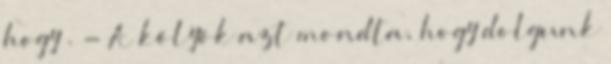
hogy . - A kölyök azt mondta, hogy dolgunk